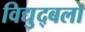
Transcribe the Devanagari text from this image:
विद्युद्बलों